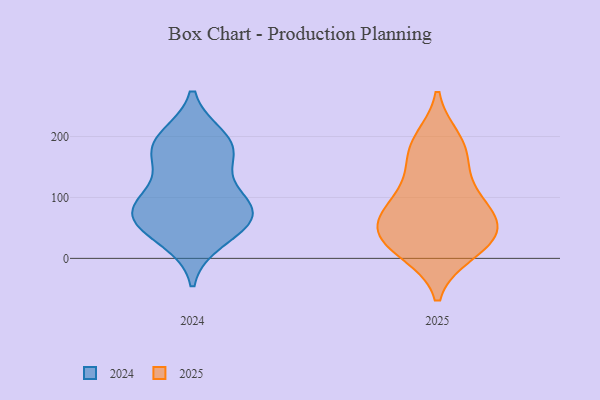
{"axis": {"x": "Latency (ms)", "y": "Value"}, "legend": ["2024", "2025"], "data": [{"x": "", "y": 92, "type": "2024"}, {"x": "", "y": 54, "type": "2024"}, {"x": "", "y": 184, "type": "2024"}, {"x": "", "y": 32, "type": "2024"}, {"x": "", "y": 177, "type": "2024"}, {"x": "", "y": 196, "type": "2024"}, {"x": "", "y": 102, "type": "2024"}, {"x": "", "y": 172, "type": "2024"}, {"x": "", "y": 66, "type": "2024"}, {"x": "", "y": 72, "type": "2024"}, {"x": "", "y": 78, "type": "2024"}, {"x": "", "y": 37, "type": "2025"}, {"x": "", "y": 64, "type": "2025"}, {"x": "", "y": 38, "type": "2025"}, {"x": "", "y": 97, "type": "2025"}, {"x": "", "y": 49, "type": "2025"}, {"x": "", "y": 11, "type": "2025"}, {"x": "", "y": 91, "type": "2025"}, {"x": "", "y": 188, "type": "2025"}, {"x": "", "y": 194, "type": "2025"}, {"x": "", "y": 81, "type": "2025"}, {"x": "", "y": 10, "type": "2025"}, {"x": "", "y": 38, "type": "2025"}, {"x": "", "y": 167, "type": "2025"}, {"x": "", "y": 140, "type": "2025"}]}